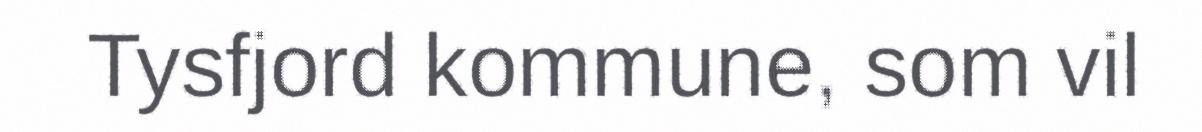
Tysfjord kommune, som vil